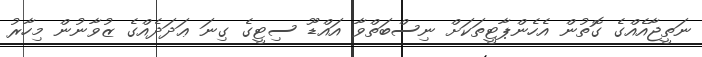
ނަތީޖާއެއްގެ ގޮތުން އެހެންޕާޓީތަކަށް ނިސްބަތްވާ އައްޑޫ ސިޓީގެ ގިނަ ޢަދަދެއްގެ ޒުވާނުން މިހާރު